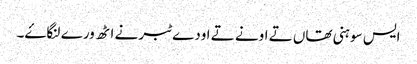
ایس سوہنی تھاں تے اونے تے اودے ٹبر نے اٹھ ورے لنگاۓ۔